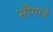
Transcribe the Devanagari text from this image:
सौगातें